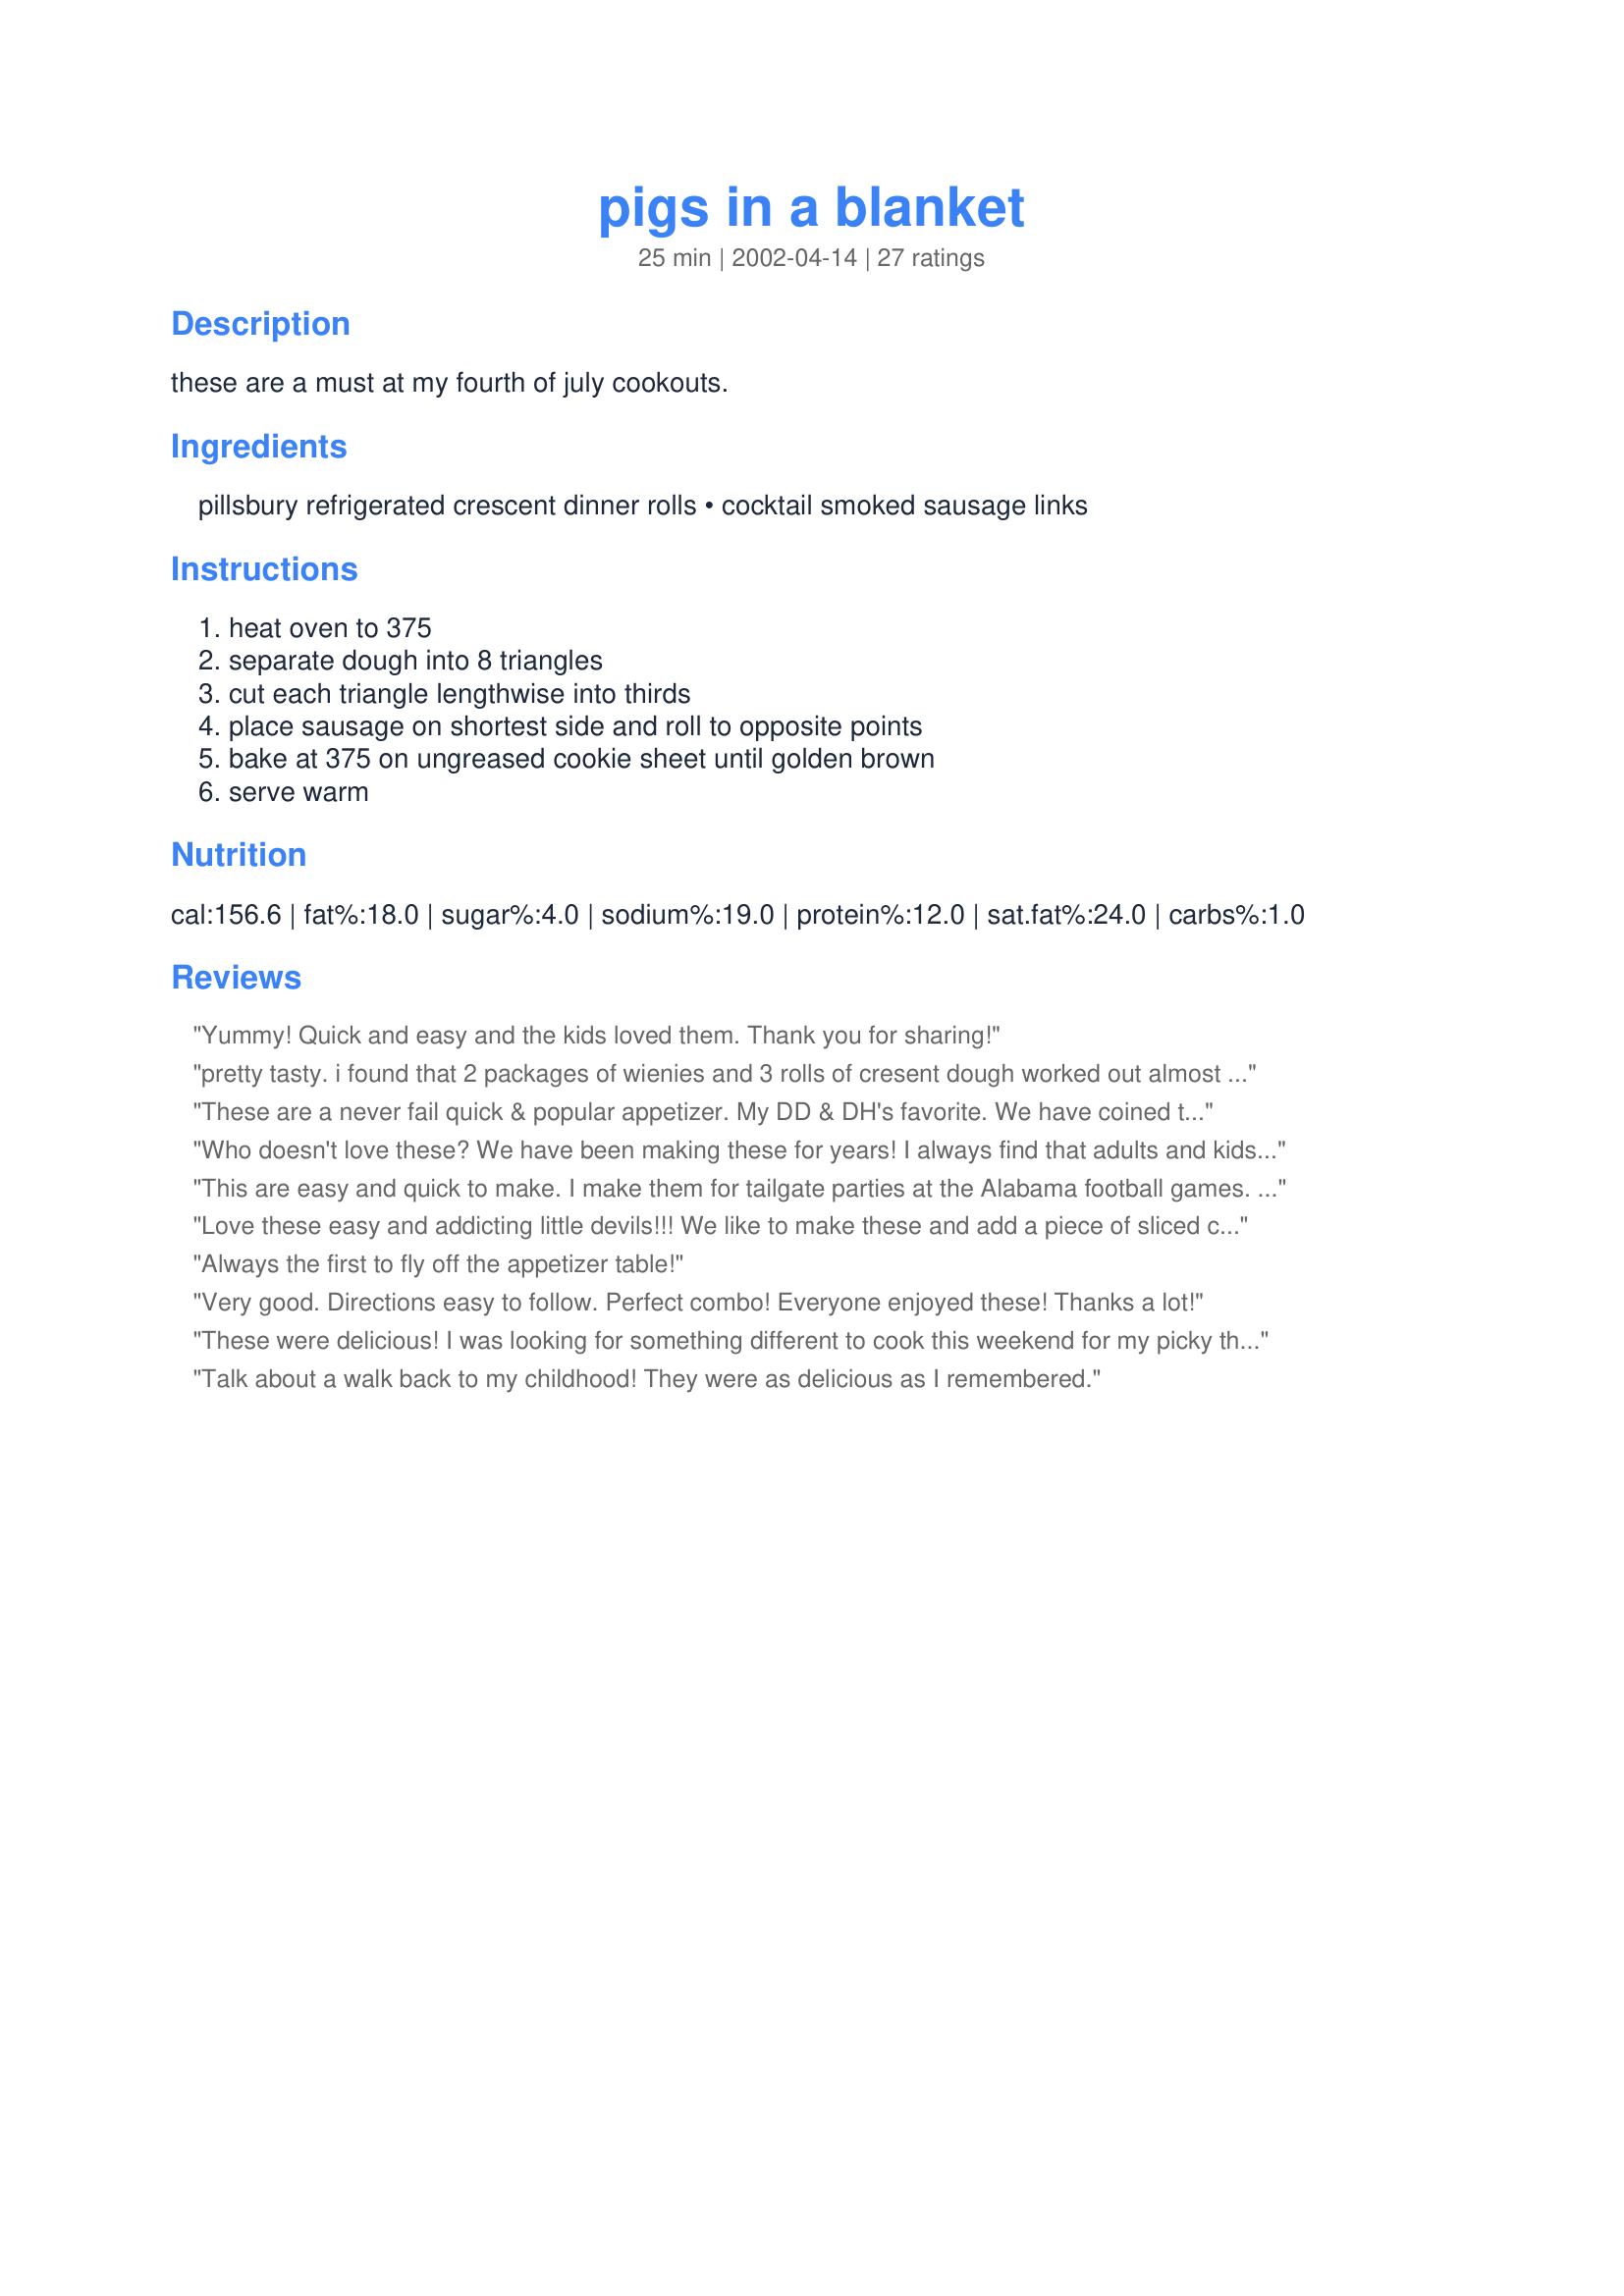
pigs in a blanket
Preparation time: 25 minutes

these are a must at my fourth of july cookouts.

Ingredients:
pillsbury refrigerated crescent dinner rolls, cocktail smoked sausage links

Steps:
heat oven to 375, separate dough into 8 triangles, cut each triangle lengthwise into thirds, place sausage on shortest side and roll to opposite points, bake at 375 on ungreased cookie sheet until golden brown, serve warm

Reviews:
Yummy! Quick and easy and the kids loved them. Thank you for sharing!
pretty tasty. i found that 2 packages of wienies and 3 rolls of cresent dough worked out almost prefectly. DO NOT attempt to keep these warm in a crockpot, even with the lid off the dough got gooey and stuck to the sides. next time i might try to season the dough a bit, but they were a hit at my son's birthday party.
These are a never fail quick & popular appetizer. My DD & DH's favorite. We have coined them "Teenie Weenies" in our house as far back as I can remember. For quicker preparation (can it get any easier?), lay out the crescent dough and "mend" the precut triangles together. Take a pizza cutter and cut in retangular strips, lay a "weenie" on each rectangle and roll them up individually. We love to eat them plain, with Kraft Spicy Honey BBQ sauce or with spicy brown mustard. Tip: make ahead & "hold" in a foil lined crock pot on warm setting. They go FAST :P
Who doesn't love these? We have been making these for years! I always find that adults and kids love them. We serve with some different mustards...honey mustard, stone ground mustard, etc. Thanks for posting!
This are easy and quick to make. I make them for tailgate parties at the Alabama football games. They are always the first things eaten.
Love these easy and addicting little devils!!! We like to make these and add a piece of sliced cheddar cheese, really gives them a little extra something.
Always the first to fly off the appetizer table!
Very good. Directions easy to follow. Perfect combo! Everyone enjoyed these! Thanks a lot!
These were delicious! I was looking for something different to cook this weekend for my picky three year old grandson and saw this recipe. I made these and he loved them. I added baked beans to the menu and we had them for lunch. Even pop-paw liked them.
Talk about a walk back to my childhood! They were as delicious as I remembered.
I make these all of the time! I noticed you posted the recipe and I had to review it. People of all ages love these, for Superbowl, potlucks, cookouts, etc. People seem to love them, even after they've cooled to room temperature. I love to dip them in sweet-hot mustard.
Simple and always recognizable, my daughters had a great time making these. We ended up getting refrigerator biscuits instead of crescents, but used 1/2 biscuit per smokie and it worked out fine, if perhaps not as flaky of a crust as the crescent dough would have given to the recipe. The girls were thrilled to have their own appy's at the party! ;o)
Easy enough for my kids to make. Very addictive snacks and the left-overs are nice for lunch. Thanks carolinafan.
I have made this sevarl times I cant believe I have not rated it yet. Well here it goes. Very easy and people gobble them up fast. I have made them for several parties and never leave with any left overs.. Last time I made them I ran out of lil smokies and still had two crescents left so I wrapped each crescent around a hot dog and my kids loved it!!
soo yummy! And easy to prepare...never mess with a classic! I love to make these on game days and race days...the hubby loves em!
We absolutely loved these on Saturday. I never make the "standard" appetizers, but this one will become one now. Both kids and adults loved these! Only sad part was my son, the birthday boy, never got one. So thankfully I had bought 2 packages of Lil Smokies and was able to make him a few sausages the next morning. Thanks for a great & easy recipe. These also kept very nicely warmed in a crock pot and never got soggy.
Everyone loves these! Especially good with the cheese-filled sausages. YUM!
Classic appy dish that never goes out of style! I made these for an 80's party & they were all eaten of course:)
Fun and easy. Nice for the nights when you just don't feel like going all out. My 3 year old loved that she could help!
Classic recipe. We like these dipped in hot or honey mustard or bbq sauce. Really good for "guy" get-togethers...like watching football, races, or playing poker. Never any leftovers!
These were so easy! I used half the recipe to start with, and they disappeared in minutes at our college football party. Everyone loved them! Thank you :-D
Great breakfast. I did get really hungry waiting on them to turn golden brown, ended up waiting 30 minutes! Yum yum Nummy.
They&#039;re also good made with pieces of pepperroni.
Just made a batch for Superbowl...this is the same recipe I've used for years! Classic...:)
These were yummy. My Husband and I really enjoyed them. We dipped them in rotel cheese dip. Thank you for the recipe.
I made these a couple of weeks ago. I used pastry dough instead of crescent rolls and fill the smoked sausages with cheese. They were so greasy and the cheese and grease were running all over the pan. They all disappeared though. What did I do wrong?
Thank you,
Miss Hicks
Have made these before and am making tonight for the kick-off of college football - I sometimes sprinkle the finely shredded cheese on the dough before I roll it up and usually cook for a minute or two less than the crescent roll packaging suggests. HOOK 'EM HORNS!
